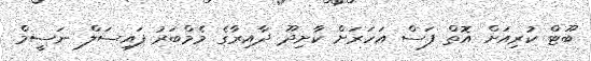
ބޫޓް ކުރިއަށް އޮތް ފަސް އަހަރަށް ކާށިދޫ ދާއިރާގެ މެމްބަރު ފައިސަލް ނަސީމް